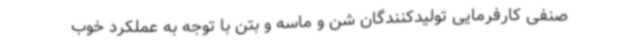
صنفی کارفرمایی تولیدکنندگان شن و ماسه و بتن با توجه به عملکرد خوب